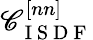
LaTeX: \mathscr{C}_{\mathrm{{~I~S~D~F~}}}^{[nn]}